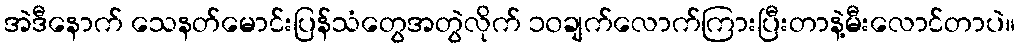
အဲဒီနောက် သေနတ်မောင်းပြန်သံတွေအတွဲလိုက် ၁၀ချက်လောက်ကြားပြီးတာနဲ့မီးလောင်တာပဲ။